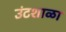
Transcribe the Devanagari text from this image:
उंटशाळा